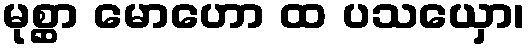
မုစ္ဆာ မောဟော ထ ပသယှော၊